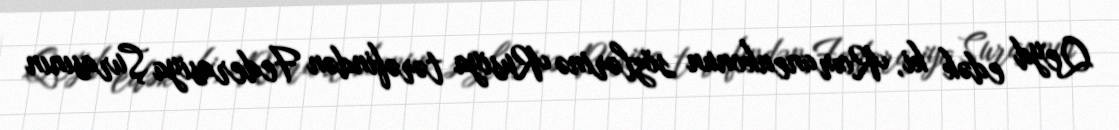
Qeyd edək ki, Romanenkonun sözlərinə Rusiya tərəfindən Federasiya Şurasının